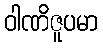
ဝါဏိဇူပမာ